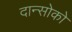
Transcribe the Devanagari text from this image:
दान्सोको